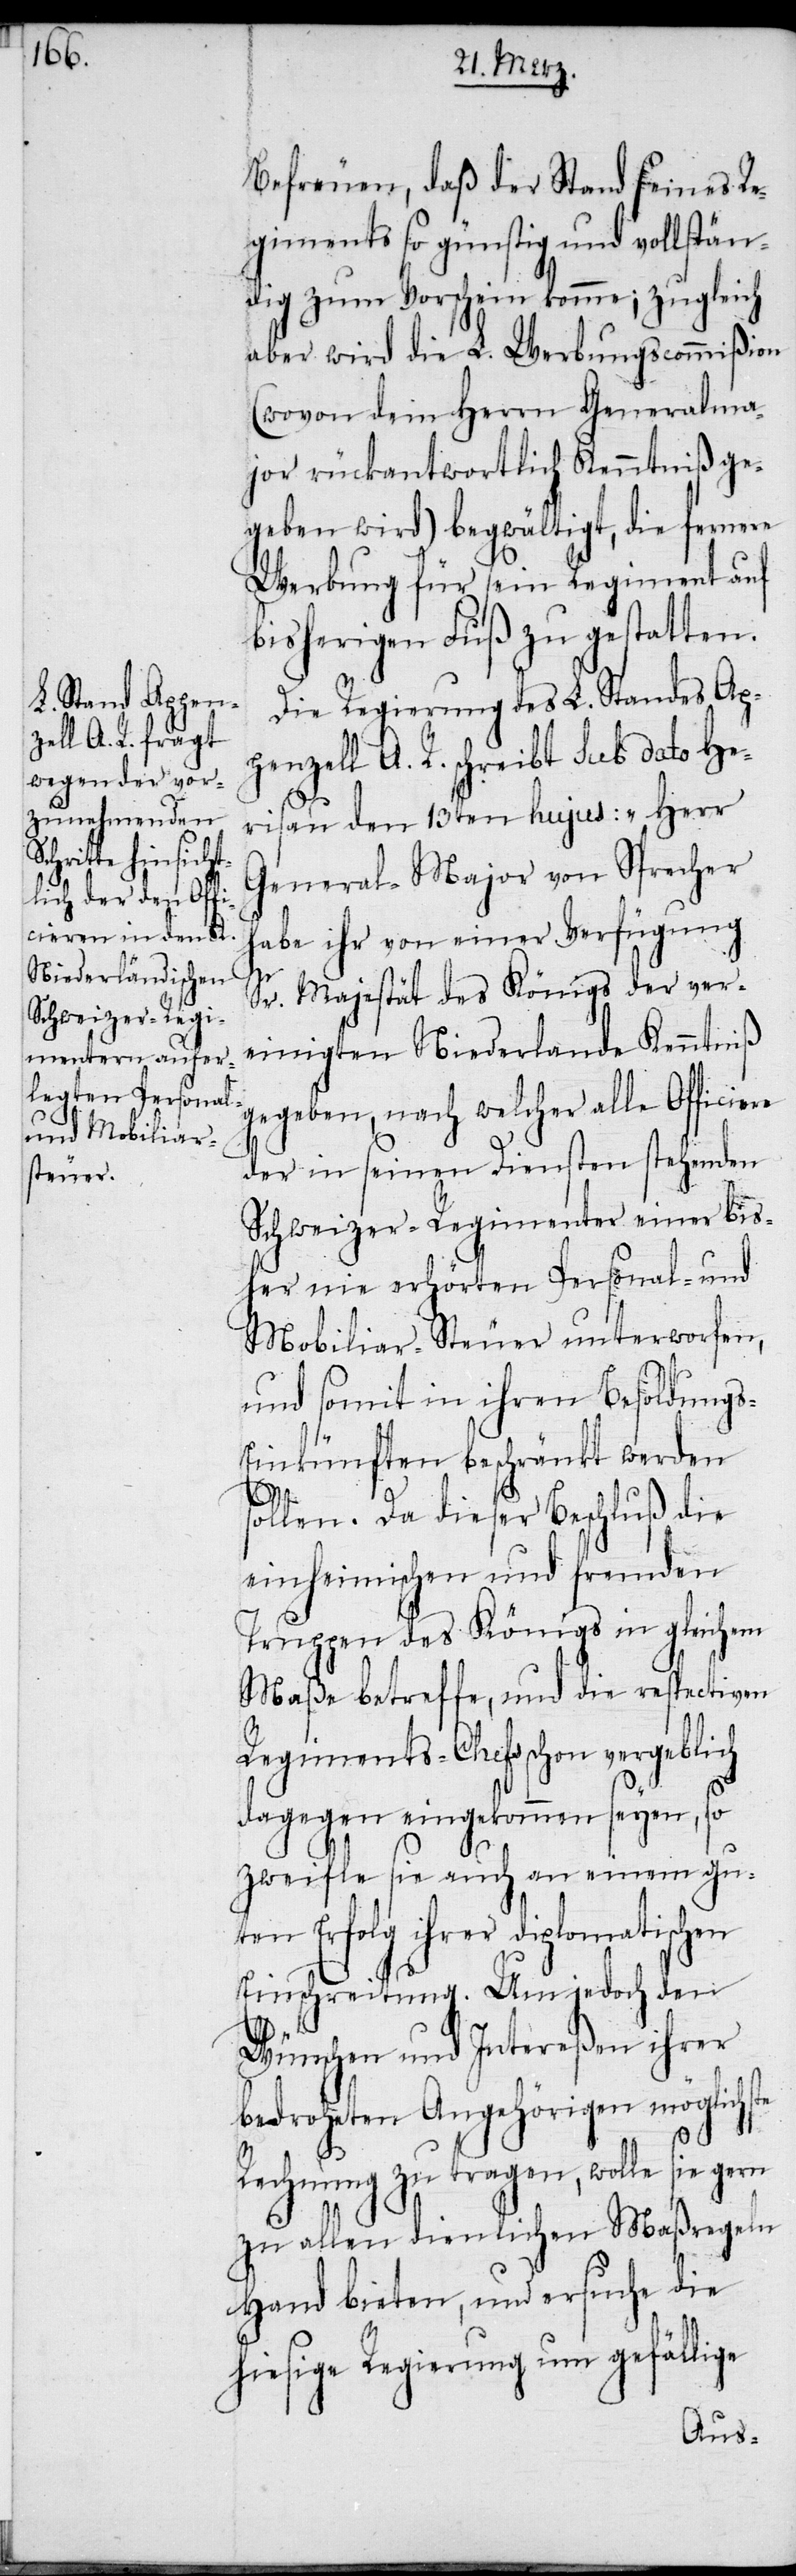
te

Befreuen, daß der Stand seines Re¬
giments so günstig und vollstän¬
dig zum Vorschein komme; zugleich
aber wird die L. Werbungscommißion
(wovon dem Herrn Generalma¬
jor rückantwortlich Kenntniß ge¬
geben wird) begwältigt, die fernere
Werbung für sein Regiment auf
bisherigen Fuß zu gestatten.
Die Regierung des L. Standes Ap¬
penzell A. R. schreibt sub dato He¬
risau den 13ten hujus: „Herr
General-Major von Sprecher
habe ihr von einer Verfügung
Sr. Majestät des Königs der ver¬
einigten Niederlande Kenntniß
gegeben, nach welcher alle Officiere
der in seinen Diensten stehenden
Schweizer-Regimenter einer bis¬
her nie erhörten Personal- und
Mobiliar-Steuer unterworfen,
und somit in ihren Besoldung¬
s-Einkünften beschränkt werden
sollen. Da dieser Beschluß die
einheimischen und fremden
Truppen des Königs in gleichem
Maße betreffe, und die respectiven
Regiments-Chefs schon vergeblich
dagegen eingekommen seyen, so
zweifle sie auch an einem gu¬
ten Erfolg ihrer diplomatischen
Einschreitung. Um jedoch den
Wünschen und Intereßen ihrer
bedroheten Angehörigen möglichs¬
Rechnung zu tragen, wolle sie gern
zu allen dienlichen Maßregeln
Hand bieten, und ersuche die
hiesig Regierung um gefällige